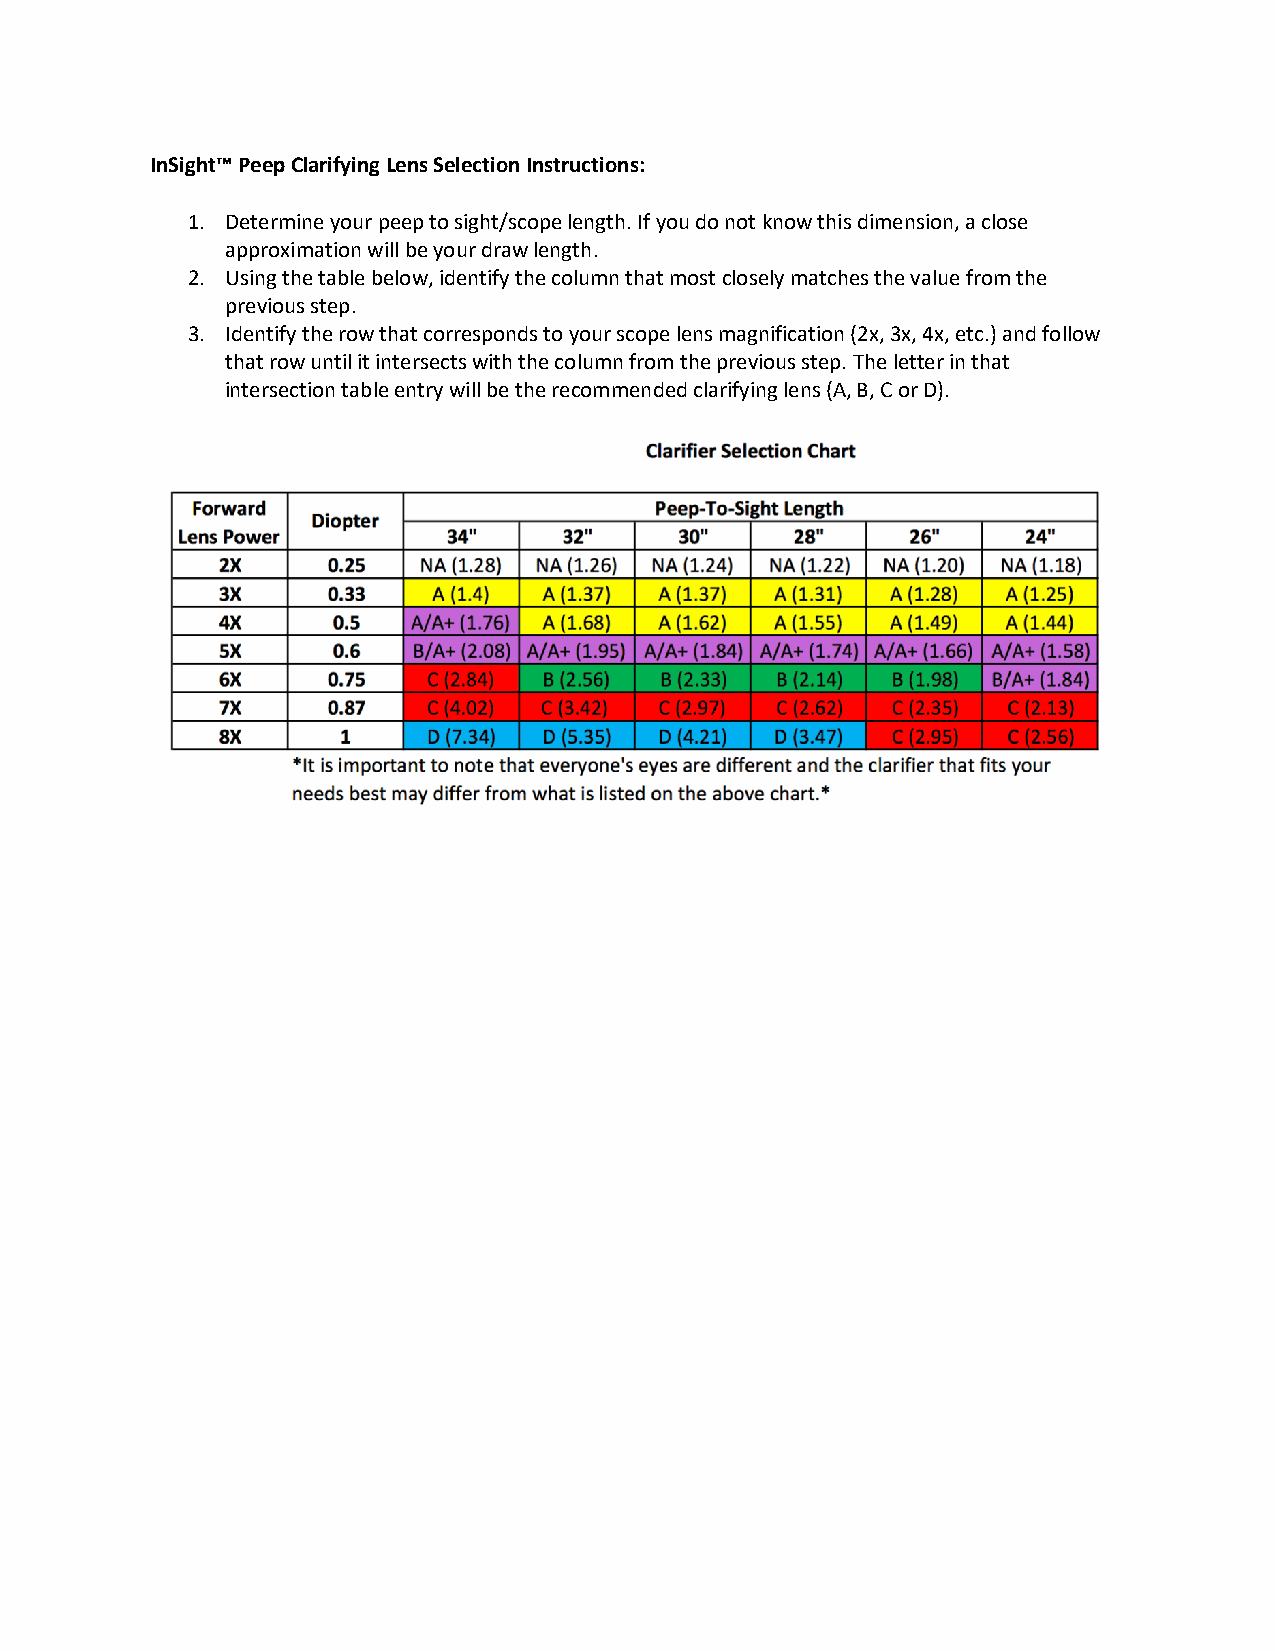
InSight™ Peep Clarifying Lens Selection Instructions:
 1. Determine your peep to sight/scope length. If you do not know this dimension, a close
 approximation will be your draw length.
 2. Using the table below, identify the column that most closely matches the value from the
 previous step.
 3. Identify the row that corresponds to your scope lens magnification (2x, 3x, 4x, etc.) and follow
 that row until it intersects with the column from the previous step. The letter in that
 intersection table entry will be the recommended clarifying lens (A, B, C or D).